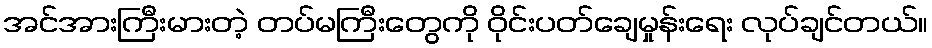
အင်အားကြီးမားတဲ့ တပ်မကြီးတွေကို ဝိုင်းပတ်ချေမှုန်းရေး လုပ်ချင်တယ်။